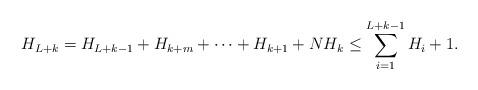
LaTeX: \begin{align*}H_{L+k}=H_{L+k-1}+H_{k+m}+\dots+H_{k+1}+NH_{k} \leq \sum_{i=1}^{L+k-1}H_{i}+1.\end{align*}